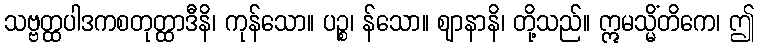
သဗ္ဗတ္ထပါဒကစတုတ္ထာဒီနိ၊ ကုန်သော။ ပဉ္စ၊ န်သော။ ဈာနာနိ၊ တို့သည်။ ဣမသ္မိံတိကေ၊ ဤ